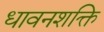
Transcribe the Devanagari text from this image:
धावनशक्ति